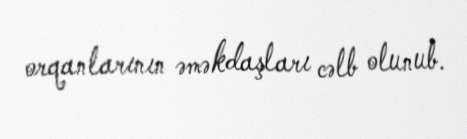
orqanlarının əməkdaşları cəlb olunub.